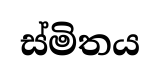
ස්මිතය